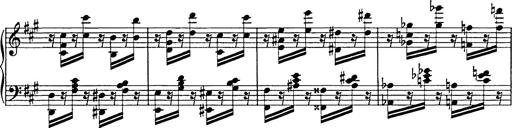
Title: Galop in A minor
Composer: Franz Liszt
Key: A minor